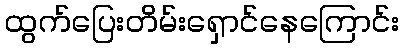
ထွက်ပြေးတိမ်းရှောင်နေကြောင်း